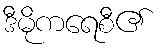
ဒီမိုကရေစီ၏